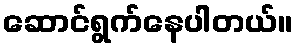
ဆောင်ရွက်နေပါတယ်။